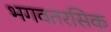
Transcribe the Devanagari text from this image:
भगवतरसिक